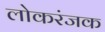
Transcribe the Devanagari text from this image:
लोकरंजक